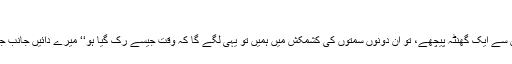
‘‘
‘‘بھئی اگر وقت ایک گھنٹہ آگے جا رہا ہو، لیکن ہم اس سے ایک گھنٹہ پیچھے، تو ان دونوں سمتوں کی کشمکش میں ہمیں تو یہی لگے گا کہ وقت جیسے رک گیا ہو‘‘ میرے دائیں جانب جو صاحب کھڑے تھے وہ کافی ذہین معلوم ہوتے تھے۔